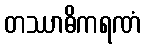
တဿာဓိကရဏံ